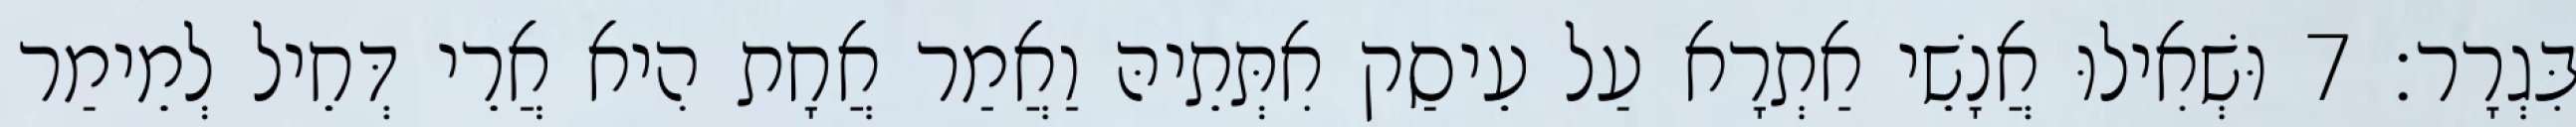
בִּגְרָר׃ 7 וּשְׁאִילוּ אֲנָשֵׁי אַתְרָא עַל עֵיסַק אִתְּתֵיהּ וַאֲמַר אֲחָת הִיא אֲרֵי דְּחֵיל לְמֵימַר